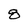
Character: 8